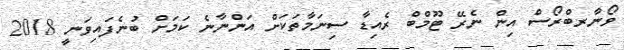
ވޯނާރބްރޯސް އިން ނެރޭ ޓޫމްބް ރެއިޑާ ސިނަމާތަކަށް އަންނާނެ ކަމަށް ބުނެފައިވަނީ 2018